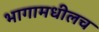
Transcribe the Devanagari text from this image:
भागामधीलच